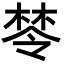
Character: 𣕯